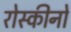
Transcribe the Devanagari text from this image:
रोस्कीनो